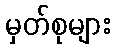
မှတ်စုများ